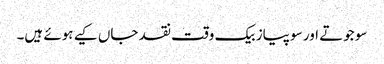
سو جوتے اور سو پیاز بیک وقت نقد جاں کیے ہوئے ہیں۔